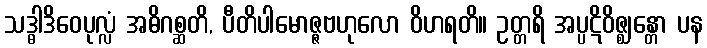
သဒ္ဓါဒိဝေပုလ္လံ အဓိဂစ္ဆတိ, ပီတိပါမောဇ္ဇဗဟုလော ဝိဟရတိ။ ဥတ္တရိ အပ္ပဋိဝိဇ္ဈန္တော ပန